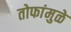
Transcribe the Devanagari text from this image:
तोफांमुळे